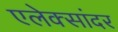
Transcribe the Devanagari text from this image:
एलेक्सांदर